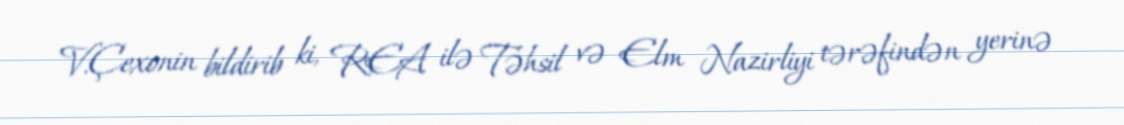
V.Çexonin bildirib ki, REA ilə Təhsil və Elm Nazirliyi tərəfindən yerinə